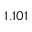
1 . 1 0 1